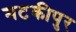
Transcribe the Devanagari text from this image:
मटकीपुर